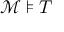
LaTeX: { \mathcal { M } } \models T